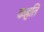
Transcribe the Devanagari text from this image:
कहति